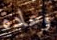
وعادة